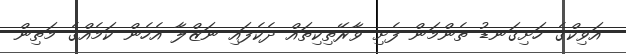
އަވިކްގެ ހަށިގަނޑު ތެންމަން ފެށި ވާރޭތިކިތައް ދެކެފައި ނަޒްލާ އެހެން ކަމެއްގެ މަތިން